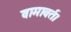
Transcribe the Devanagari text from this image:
वामावर्त।